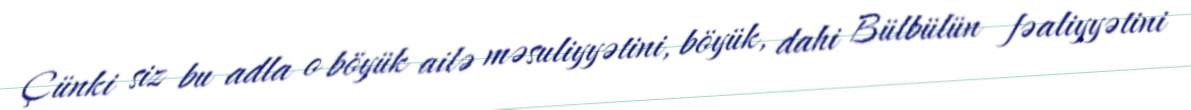
Çünki siz bu adla o böyük ailə məsuliyyətini, böyük, dahi Bülbülün fəaliyyətini